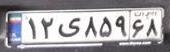
۱۲ی۸۵۹۶۸